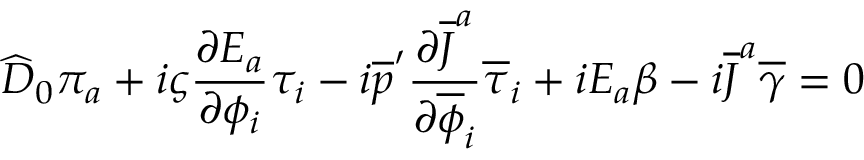
\widehat { D } _ { 0 } \pi _ { a } + i \varsigma { \frac { \partial E _ { a } } { \partial \phi _ { i } } } \tau _ { i } - i \overline { { { p } } } ^ { \prime } { \frac { \partial \overline { { { J } } } ^ { a } } { \partial \overline { { { \phi } } } _ { i } } } \overline { { { \tau } } } _ { i } + i E _ { a } \beta - i \overline { { { J } } } ^ { a } \overline { { { \gamma } } } = 0